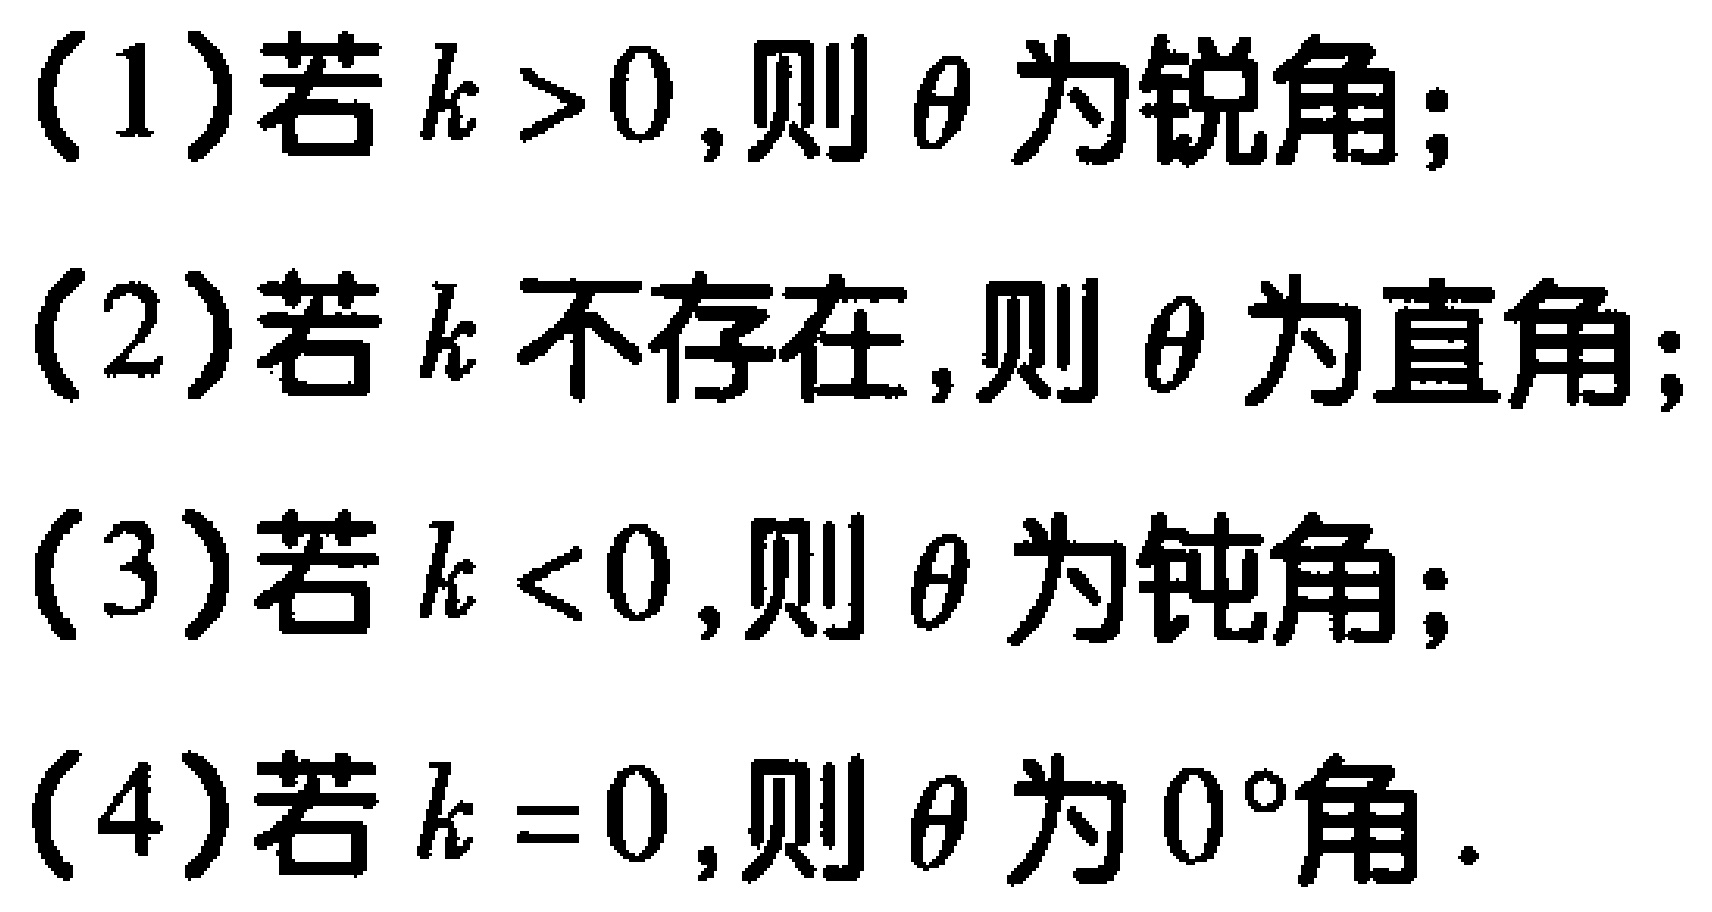
(1)若\(k > 0\),则\(\theta\)为锐角;
(2)若\(k\)不存在,则\(\theta\)为直角;
(3)若\(k < 0\),则\(\theta\)为钝角;
(4)若\(k = 0\),则\(\theta\)为\(0^{\circ}\)角.